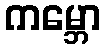
ကမ္ဘော